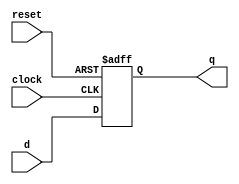
module d_ff(q, d, clock, reset);
  input d, clock, reset;
  output  q;
  reg q;
  always @ (posedge clock or negedge reset)
  if(~reset)
    q = 1'b0;
  else
    q = d;
endmodule

module reg_32bit(q, d, clock, reset);
  input [31:0]  d;
  input clock, reset;
  output  [31:0]  q;
  genvar j;
  generate
    for(j = 0; j < 32; j = j + 1) begin:  d_loop
      d_ff ff(q[j], d[j], clock, reset);
    end
  endgenerate
endmodule